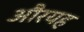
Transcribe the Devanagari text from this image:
औरयह